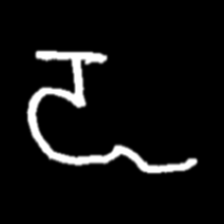
Pyu character \u2014 Myanmar letter: ဍ (romanized: dda)